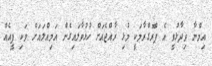
އިމްނާ ވިދާޅުވީ އެ ޕްރޮގްރާމަކީ މުޅި ރާއްޖެއަށް ހުޅުވާލައިގެން އަމިއްލައަށް ވަކި ފީއެއް